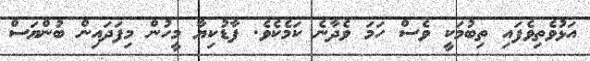
އަޅުވެތިވެފައި ތިބުމަކީ ވެސް ހަމަ ވެދާނެ ކަމެކެވެ. ފާޑުކިޔާ މީހުން މިފަދައިން ބުންޔަސް